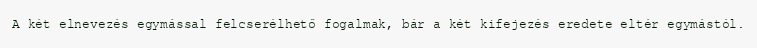
A két elnevezés egymással felcserélhető fogalmak, bár a két kifejezés eredete eltér egymástól.